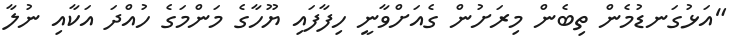
"އަޅުގަނޑުމެން ތިބެން މިރަށުން ގެއަށްވާނީ ހިފާފައި ޔޫހާގެ މަންމަގެ ހުއްދަ އަކާއި ނުލާ